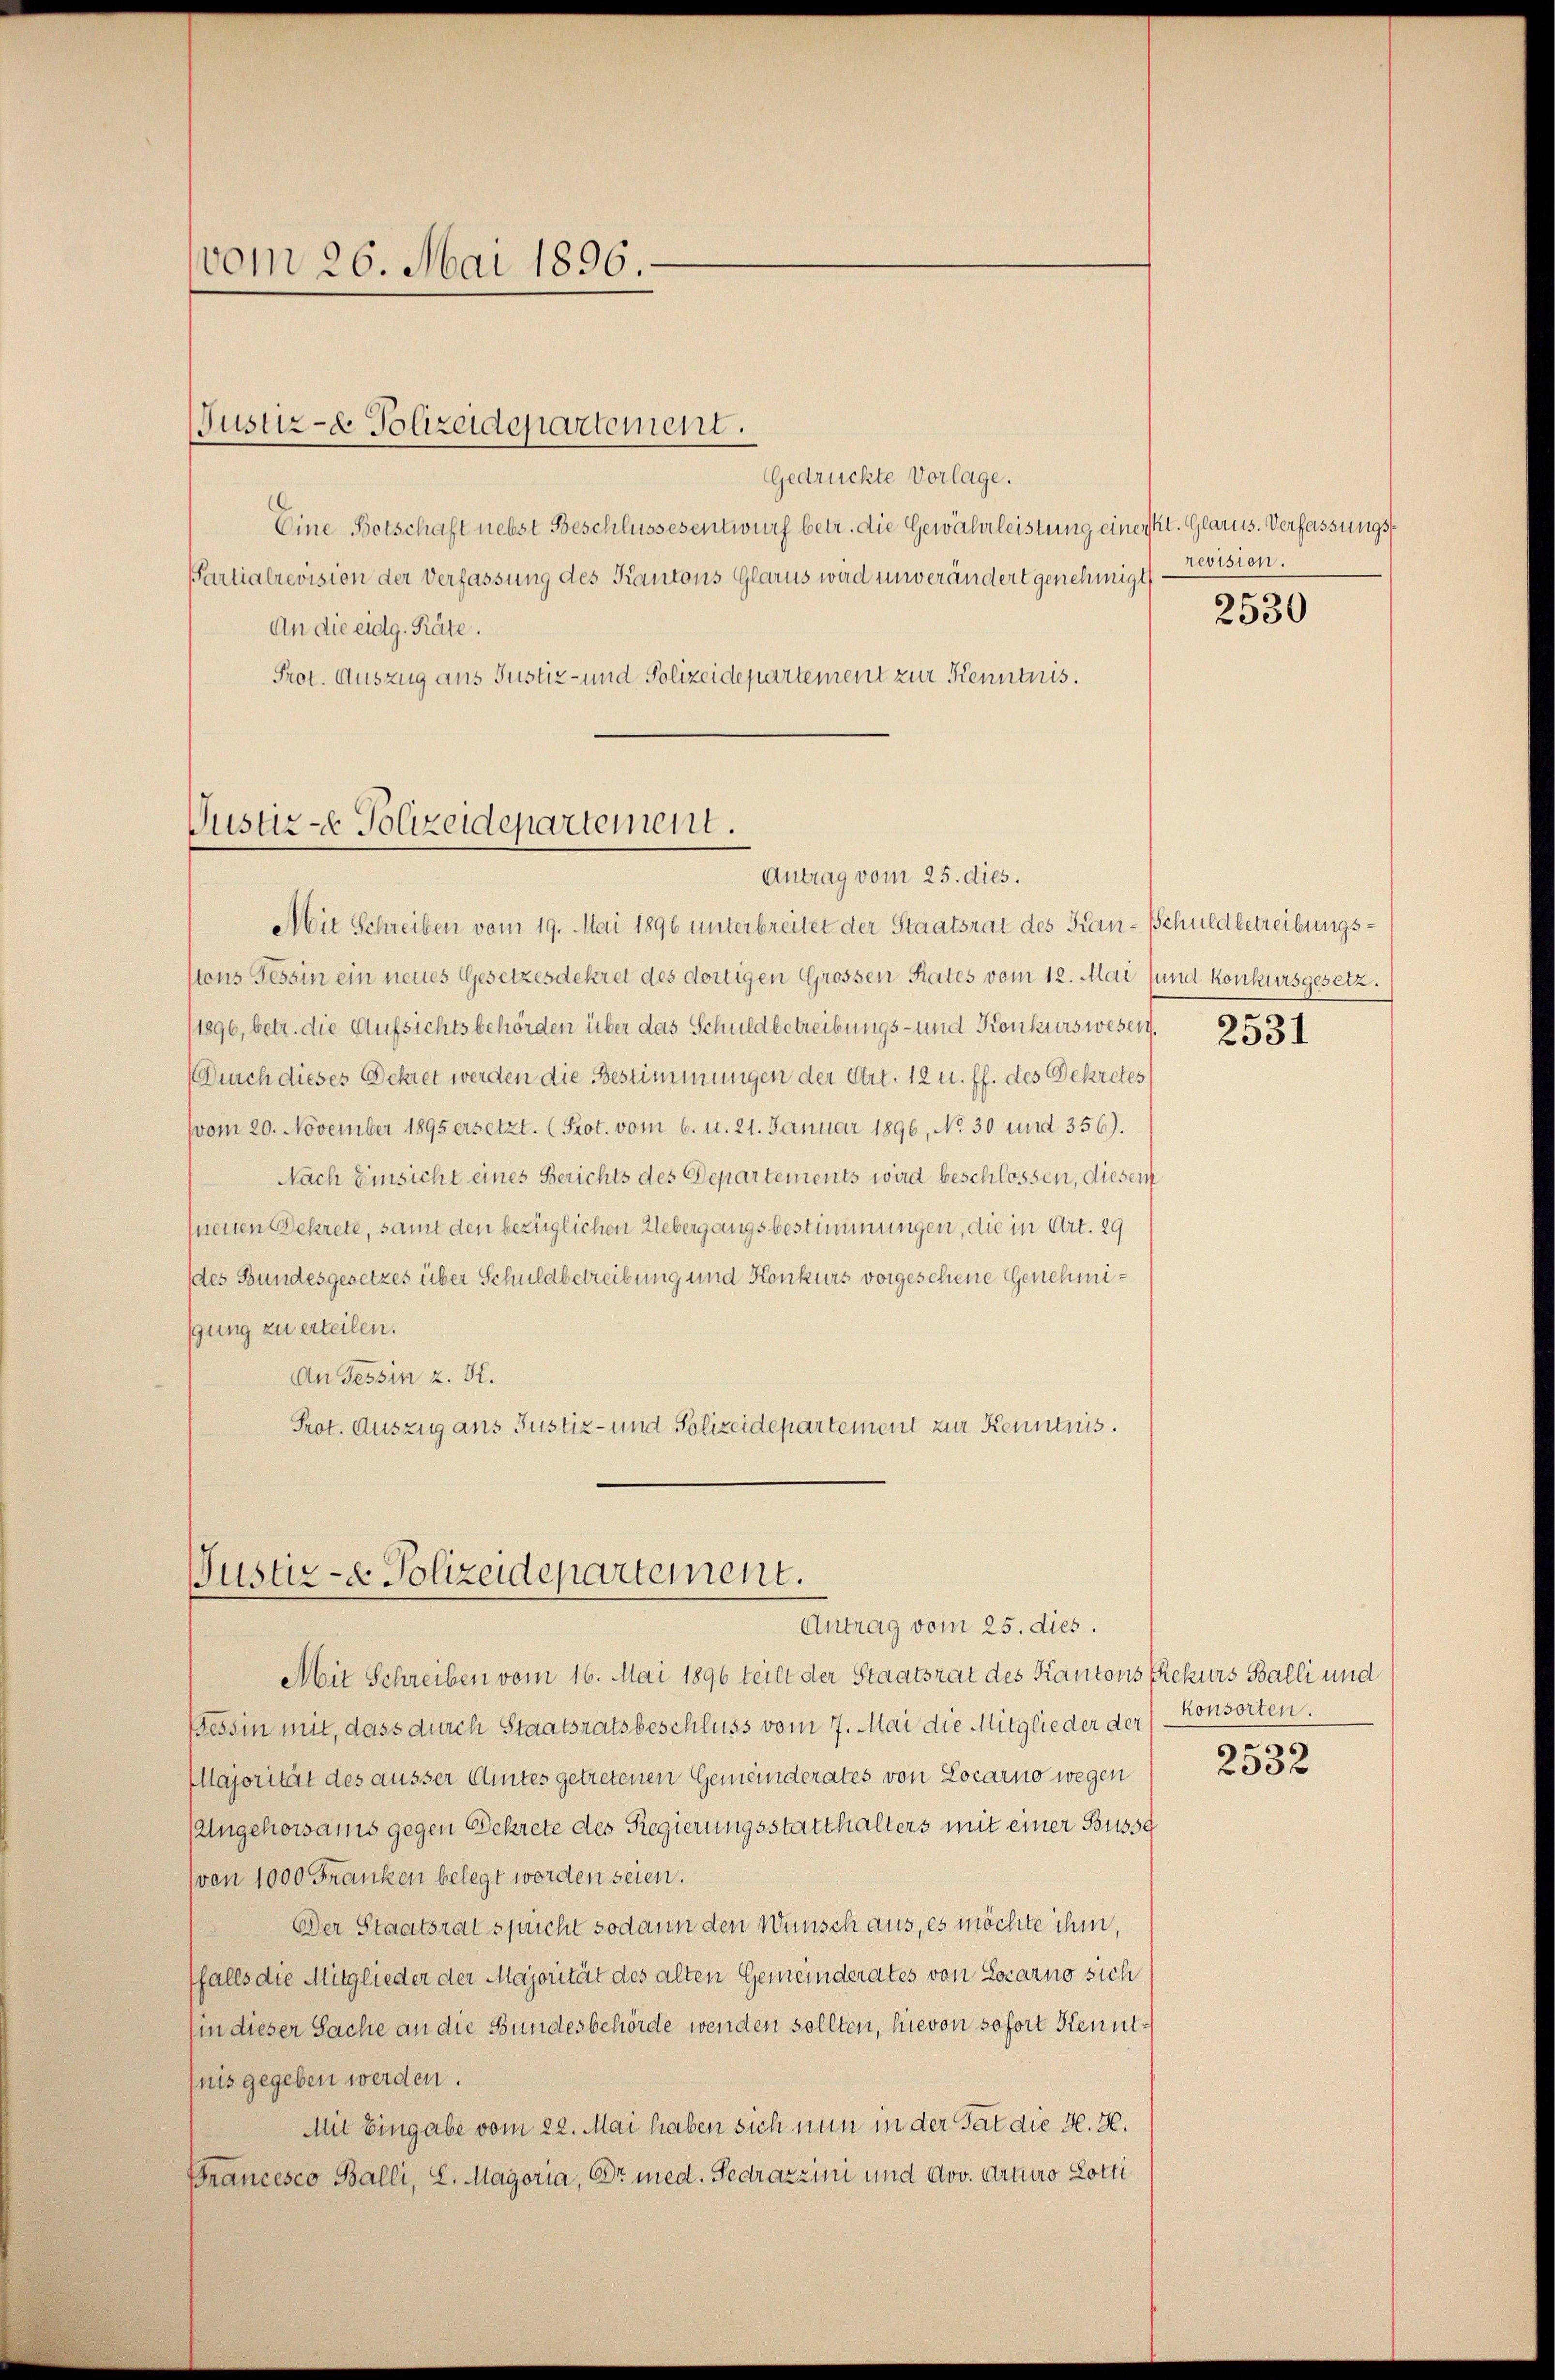
vom 26. Mai 1896.

Gedrückte Vorlage.
Eine Botschaft nebst Beschlussesentwurf betr. die Gewährleistung einert. Glarus. Verfassungs¬
Partialrevision der Verfassung des Kantons Glarus wird unverändert genehmigt,
An die eidg. Räte.
Prot. Auszug aus Justiz- und Polizeidepartement zur Kenntnis.

Justiz- & Polizeidepartement.

Vustiz- Polizeidepartement.
Antrag vom 25. dies.

Mie Schreiben vom 19. Mai 1896 unterbreitet der Staatsrat des Kan-Schuldbetreibungstons Tessin ein neues Gesetzesdekret des dortigen Grossen Rates vom 12. Mai (und konkursgesetz.
/1896, betr. die Aufsichtsbehörden über das Schuldbetreibungs- und Konkurs wesen.
Durch dieses Dekret werden die Bestimmungen der Art. 12 u. ff. des Dekretes
(vom 20. November 1895 ersetzt. (Prot. vom 6. u. 21. Januar 1896, No 30 und 356).
Nach Einsicht eines Berichts des Departements wird beschlossen, diesem
hneiden Dekrete, samt den bezüglichen Uebergangsbestimmungen, die in Art. 29
des Bundesgesetzes über Schuldbetreibung und Konkurs vorgesehene Genehmigung zu erteilen.
An Tessin z. B.
Prot. Auszug aus Justiz- und Polizeidepartement zur Kenntnis.

Justiz- & Polizeidepartement.
Antrag vom 25. dies.

Mit Schreiben vom 16. Mai 1896 teile der Staatsrat des Kantons Rekurs Balli und
Tessin mit, dass durch Staatsratsbeschluss vom 7. Mai die Mitglieder der
Majorität des äusser Amtes getretenen Gemeinderates von Locarno wegen
(Angehorsams gegen Dekrete des Regierungsstatthalters mit einer Bussg
(von 1000 Franken belegt worden seien.
Der Staatsratspricht sodann den Wunsch aus, es möchte ihm,
ffalls die Mitglieder der Majorität des alten Gemeinderates von Locarno sich
(in dieser Sache an die Bundesbehörde wenden sollten, hievon sofort Kennt¬
(nis gegeben werden.
Mit Eingabe vom 22. Mai haben sich nun in der Tat die H. H.
Brancesco Balli, L. Magoria, Dr. med. Fedrazzini und Arv. Arturo Lotti

revision.

2530

2531

konsorten.

2532